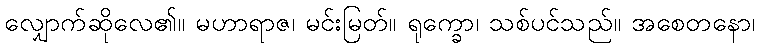
လျှောက်ဆိုလေ၏။ မဟာရာဇ၊ မင်းမြတ်။ ရုက္ခော၊ သစ်ပင်သည်။ အစေတနော၊